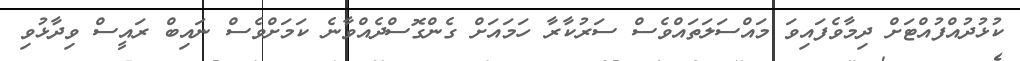
ކުޅުދުއްފުއްޓަށް ދިމާވެފައިވަ މައްސަލަތައްވެސް ސަރުކާރާ ހަމައަށް ގެންގޮސްދެއްވާނެ ކަމަށްވެސް ނައިބް ރައީސް ވިދާޅުވި